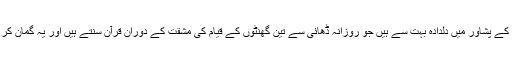
نماز تراویح میں اس قسم کے ختم قرآن کے پشاور میں دلدادہ بہت سے ہیں جو روزانہ ڈھائی سے تین گھنٹوں کے قیام کی مشقت کے دوران قرآن سنتے ہیں اور یہ گمان کر لیتے ہیں کہ ایک ذمہ داری تمام ہوئی۔